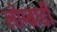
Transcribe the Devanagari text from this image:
लोम्ब्रार्डी